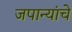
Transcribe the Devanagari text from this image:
जपान्यांचे